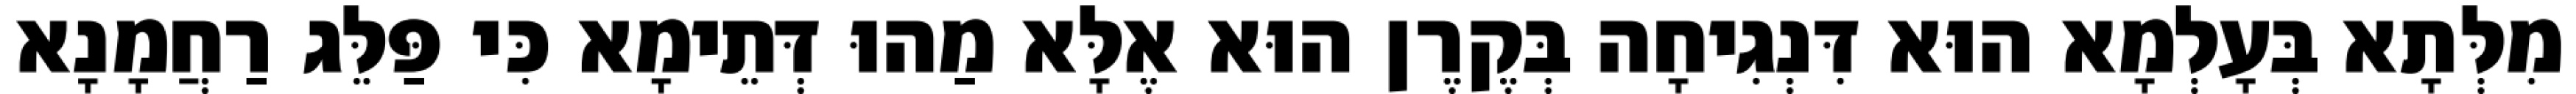
מִלְּתָא בְּעָלְמָא הוּא דִּנְגִיחָה בְּקֶרֶן הוּא אֶלָּא מַהוּ דְּתֵימָא כִּי פַּלֵּג רַחֲמָנָא